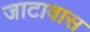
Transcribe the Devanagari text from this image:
जाटावास